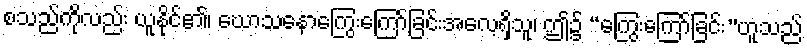
စသည်ကိုလည်း ယူနိုင်၏၊ ဃောသနောကြွေးကြော်ခြင်းအလေ့ရှိသူ၊ ဤ၌ “ကြွေးကြော်ခြင်း”ဟူသည်